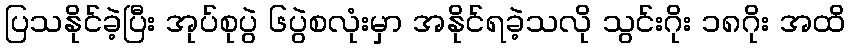
ပြသနိုင်ခဲ့ပြီး အုပ်စုပွဲ ၆ပွဲစလုံးမှာ အနိုင်ရခဲ့သလို သွင်းဂိုး ၁၈ဂိုး အထိ